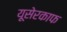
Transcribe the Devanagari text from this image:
यूसेरकाफ